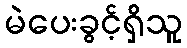
မဲပေးခွင့်ရှိသူ